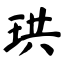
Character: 珙